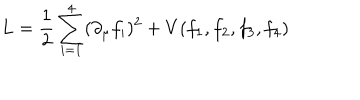
LaTeX: L = { \frac { 1 } { 2 } } \sum _ { i = 1 } ^ { 4 } ( \partial _ { \mu } f _ { i } ) ^ { 2 } + V ( f _ { 1 } , f _ { 2 } , f _ { 3 } , f _ { 4 } )